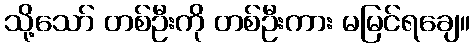
သို့သော် တစ်ဦးကို တစ်ဦးကား မမြင်ရချေ။